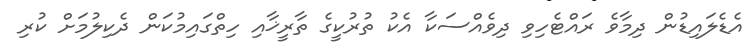
އެޑެލައިޑުން ދިމާވެ ރައްޓެހިވި ދިވެއްސަކާ އެކު ތުރުކީގެ ތާރީޚާއި ހިތްގައިމުކަން ދެކިލުމަށް ކުރި